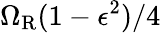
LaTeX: \Omega_{\mathrm{R}}(1-\epsilon^{2})/4